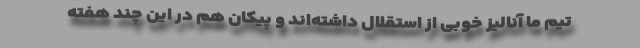
تیم ما آنالیز خوبی از استقلال داشته‌اند و پیکان هم در این چند هفته